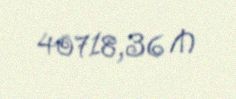
40718,36 ₼